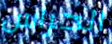
الحراس